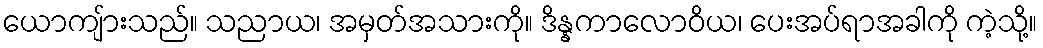
ယောကျ်ားသည်။ သညာယ၊ အမှတ်အသားကို။ ဒိန္နကာလောဝိယ၊ ပေးအပ်ရာအခါကို ကဲ့သို့။